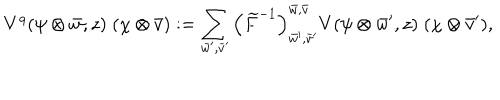
LaTeX: V ^ { q } ( \psi \otimes \bar { w } , z ) \; ( \chi \otimes \bar { v } ) : = \sum _ { \bar { w } ^ { \prime } , \bar { v } ^ { \prime } } \left( \widetilde { F } ^ { - 1 } \right) _ { \bar { w } ^ { \prime } , \bar { v } ^ { \prime } } ^ { \bar { w } , \bar { v } } V ( \psi \otimes \bar { w } ^ { \prime } , z ) \; ( \chi \otimes \bar { v } ^ { \prime } ) ,